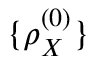
\{ \rho _ { X } ^ { ( 0 ) } \}